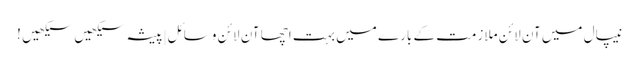
نیپال میں آن لائن ملازمت کے بارے میں بہت اچھا آن لائن وسائل|پیشہ سیکھیں سیکھیں !